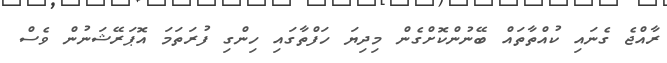
ރާއްޖެ ގެނައި ކުއްތާތައް ބޭނުންކޮށްގެން މިދިޔަ ހަފްތާގައި ހިންގި ފުރަތަމަ އޮޕަރޭޝަނުން ވެސް